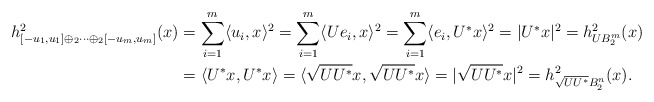
\begin{align*}h^2_{[-u_1,u_1]\oplus_2\cdots\oplus_2[-u_m,u_m]}(x) &=\sum_{i=1}^m \langle u_i, x \rangle^2=\sum_{i=1}^m \langle U e_i, x\rangle^2 = \sum_{i=1}^m \langle e_i, U^* x\rangle^2=|U^*x|^2 = h^2_{U B_2^m}(x)\\&=\langle U^*x, U^*x\rangle=\langle\sqrt{UU^*}x, \sqrt{UU^*}x\rangle=|\sqrt{UU^*}x|^2 =h^2_{\sqrt{UU^*}B_2^n}(x).\end{align*}